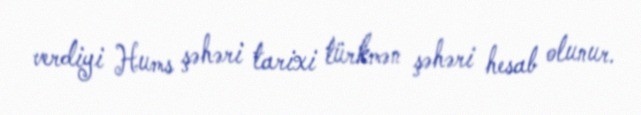
verdiyi Hums şəhəri tarixi türkmən şəhəri hesab olunur.